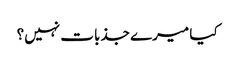
کیا میرے جذبات نہیں؟